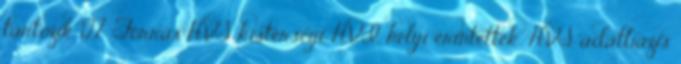
tartozik 127 Forrás:HVS kistérségi HVI, helyi érintettek, HVS adatbázis